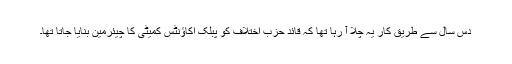
دس سال سے طریق کار یہ چلا آ رہا تھا کہ قائد حزب اختلاف کو پبلک اکاؤنٹس کمیٹی کا چیئرمین بنایا جاتا تھا۔